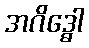
အဂိဒ္ဓေါ